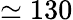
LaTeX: \simeq 130